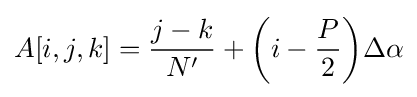
A[i,j,k]={\frac {j-k}{N'}}+{\bigg (}i-{\frac {P}{2}}{\bigg )}\Delta \alpha